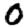
Digit: 0